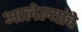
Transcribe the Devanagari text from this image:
आलेल्यांचे